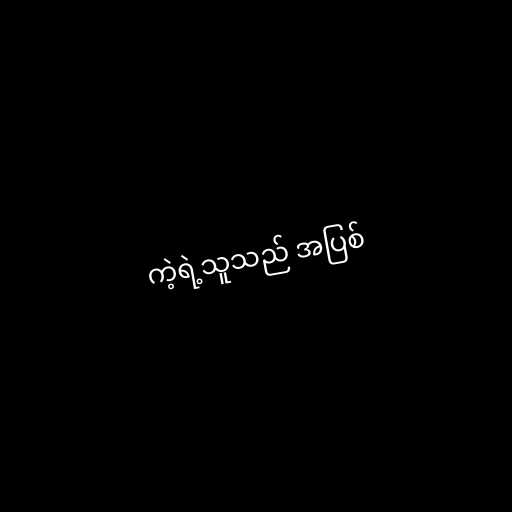
ကဲ့ရဲ့သူသည် အပြစ်